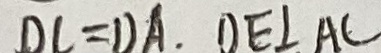
D C = D A . O E \bot A C